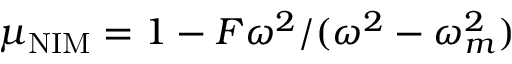
\mu _ { \mathrm { N I M } } = 1 - F \omega ^ { 2 } / ( \omega ^ { 2 } - \omega _ { m } ^ { 2 } )